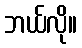
ဘယ်လို။